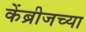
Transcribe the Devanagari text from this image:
केंब्रीजच्या